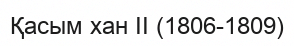
Қасым хан ІІ (1806-1809)